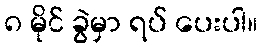
၈ မိုင် ခွဲမှာ ရပ် ပေးပါ။